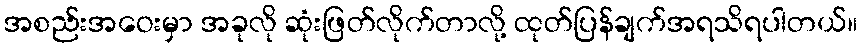
အစည်းအဝေးမှာ အခုလို ဆုံးဖြတ်လိုက်တာလို့ ထုတ်ပြန်ချက်အရသိရပါတယ်။